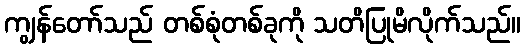
ကျွန်တော်သည် တစ်စုံတစ်ခုကို သတိပြုမိလိုက်သည်။